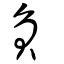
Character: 負